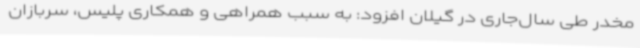
مخدر طی سال‌جاری در گیلان افزود: به سبب همراهی و همکاری پلیس، سربازان